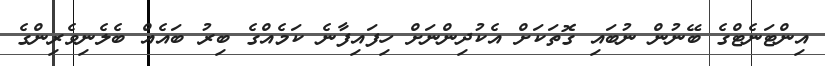
އިންޓަނެޓްގެ ބޭނުން ނުބައި ގޮތަކަށް އެކުދިންނަށް ހިފައިފާނެ ކަމެއްގެ ބިރު ބައެއް ބެލެނިވެރިންގެ